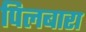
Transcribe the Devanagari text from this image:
पिलबारा